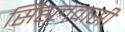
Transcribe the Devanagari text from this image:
सिंहलवासी